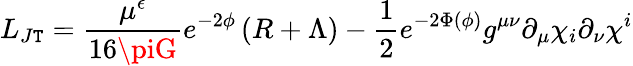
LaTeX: L_{J\mathtt{T}}=\frac{{\mu^{\epsilon}}}{{16\piG}}e^{-2\phi}\left(R+\Lambda\right)-{\frac{{1}}{{2}}}e^{-2\Phi(\phi)}g^{\mu\nu}\partial_{\mu}\chi_{i}\partial_{\nu}\chi^{i}